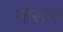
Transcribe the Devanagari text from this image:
मोसरू